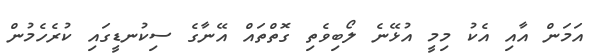
އަމަން އާއި އެކު މިމީ އުޅޭނެ ލޯބިވެތި ގޮތްތައް އޭނާގެ ސިކުނޑީގައި ކުރެހެމުން